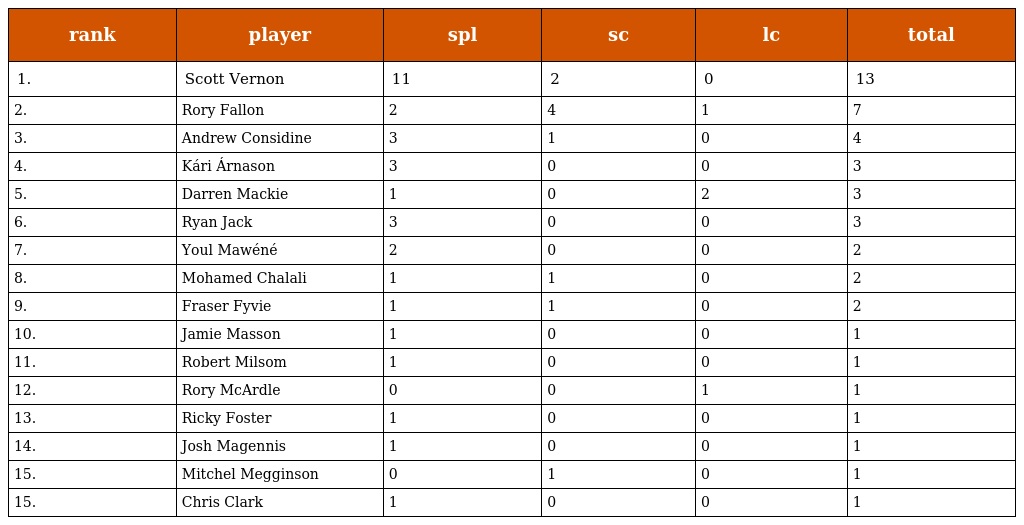
| rank | player | spl | sc | lc | total |
 | --- | --- | --- | --- | --- | --- |
 | 1. | Scott Vernon | 11 | 2 | 0 | 13 |
 | 2. | Rory Fallon | 2 | 4 | 1 | 7 |
 | 3. | Andrew Considine | 3 | 1 | 0 | 4 |
 | 4. | Kári Árnason | 3 | 0 | 0 | 3 |
 | 5. | Darren Mackie | 1 | 0 | 2 | 3 |
 | 6. | Ryan Jack | 3 | 0 | 0 | 3 |
 | 7. | Youl Mawéné | 2 | 0 | 0 | 2 |
 | 8. | Mohamed Chalali | 1 | 1 | 0 | 2 |
 | 9. | Fraser Fyvie | 1 | 1 | 0 | 2 |
 | 10. | Jamie Masson | 1 | 0 | 0 | 1 |
 | 11. | Robert Milsom | 1 | 0 | 0 | 1 |
 | 12. | Rory McArdle | 0 | 0 | 1 | 1 |
 | 13. | Ricky Foster | 1 | 0 | 0 | 1 |
 | 14. | Josh Magennis | 1 | 0 | 0 | 1 |
 | 15. | Mitchel Megginson | 0 | 1 | 0 | 1 |
 | 15. | Chris Clark | 1 | 0 | 0 | 1 |